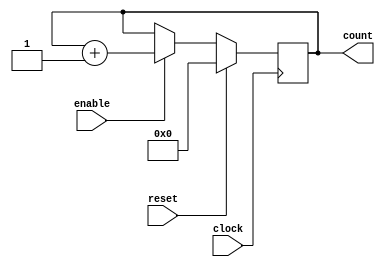
`timescale 1ns/100ps // unit time is 1ns, resolutoin 100ps
//Design Name: Counter_8
//Function : an 8 bit counter synchronous counterwith enable input


module counter_16(
	clock, //clock input
	enable, //high enable counting
	count, //count value
	reset
);

// Declare ports

parameter BIT_SZ = 16;
input clock;
input enable;
input reset;
output [BIT_SZ-1 : 0] count;

//count need to be declared as reg

reg [BIT_SZ-1:0] count;

// always initialise storage elements such as D-FF
initial count = 0;

//Main body of the module
always @ (posedge clock) begin
	if(enable == 1'b1)
	count <= count +1'b1;
	if(reset == 1)
	count <= 0;
end
endmodule